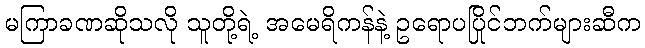
မကြာခဏဆိုသလို သူတို့ရဲ့ အမေရိကန်နဲ့ ဥရောပပြိုင်ဘက်များဆီက